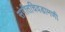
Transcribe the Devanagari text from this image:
संगीतचिवडामणी